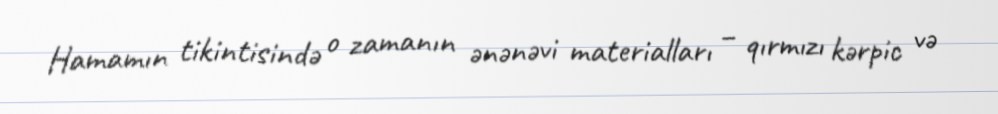
Hamamın tikintisində o zamanın ənənəvi materialları – qırmızı kərpic və